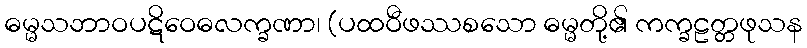
ဓမ္မသဘာဝပဋိဝေဓလက္ခဏာ၊ (ပထဝီဖဿစသော ဓမ္မတို့၏ ကက္ခဠတ္တဖုသန